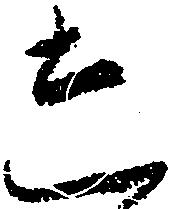
し